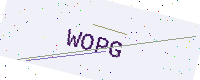
Text: WOPG